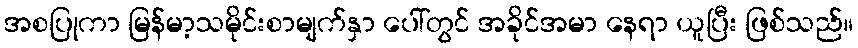
အစပြုကာ မြန်မာ့သမိုင်းစာမျက်နှာ ပေါ်တွင် အခိုင်အမာ နေရာ ယူပြီး ဖြစ်သည်။